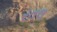
રતલ